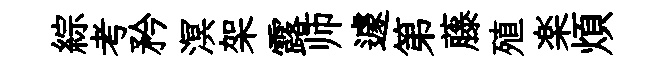
綜考矜溟架露师遽第藤殖楽煩